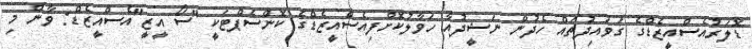
ޑޮލަރުއެސްއީޒެޑްގެ ގަވައިދުތައް ހެދުން ނަޝީދުއާ ހަވާލުކޮށްފިއެސްއީޒެޑްގެ ކޮންސެޕްޓަކީ "ސޯ އީޒީ"އެސްއީޒެޑް: ވާން މި